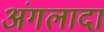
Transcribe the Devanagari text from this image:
अंगलादा